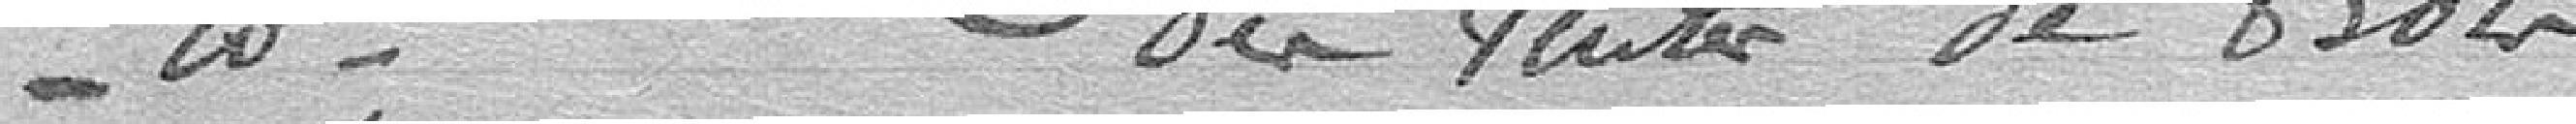
Nomination de la Commission des ventes de bois